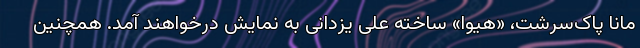
مانا پاک‌سرشت، «هیوا» ساخته علی یزدانی به نمایش درخواهند آمد. همچنین